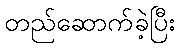
တည်ဆောက်ခဲ့ပြီး